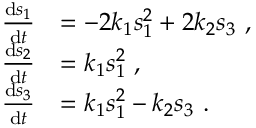
\begin{array} { r l } { \frac { \mathrm { d } s _ { 1 } } { \mathrm { d } t } } & { = - 2 k _ { 1 } s _ { 1 } ^ { 2 } + 2 k _ { 2 } s _ { 3 } \ , } \\ { \frac { \mathrm { d } s _ { 2 } } { \mathrm { d } t } } & { = k _ { 1 } s _ { 1 } ^ { 2 } \ , } \\ { \frac { \mathrm { d } s _ { 3 } } { \mathrm { d } t } } & { = k _ { 1 } s _ { 1 } ^ { 2 } - k _ { 2 } s _ { 3 } \ . } \end{array}